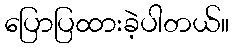
ပြောပြထားခဲ့ပါတယ်။